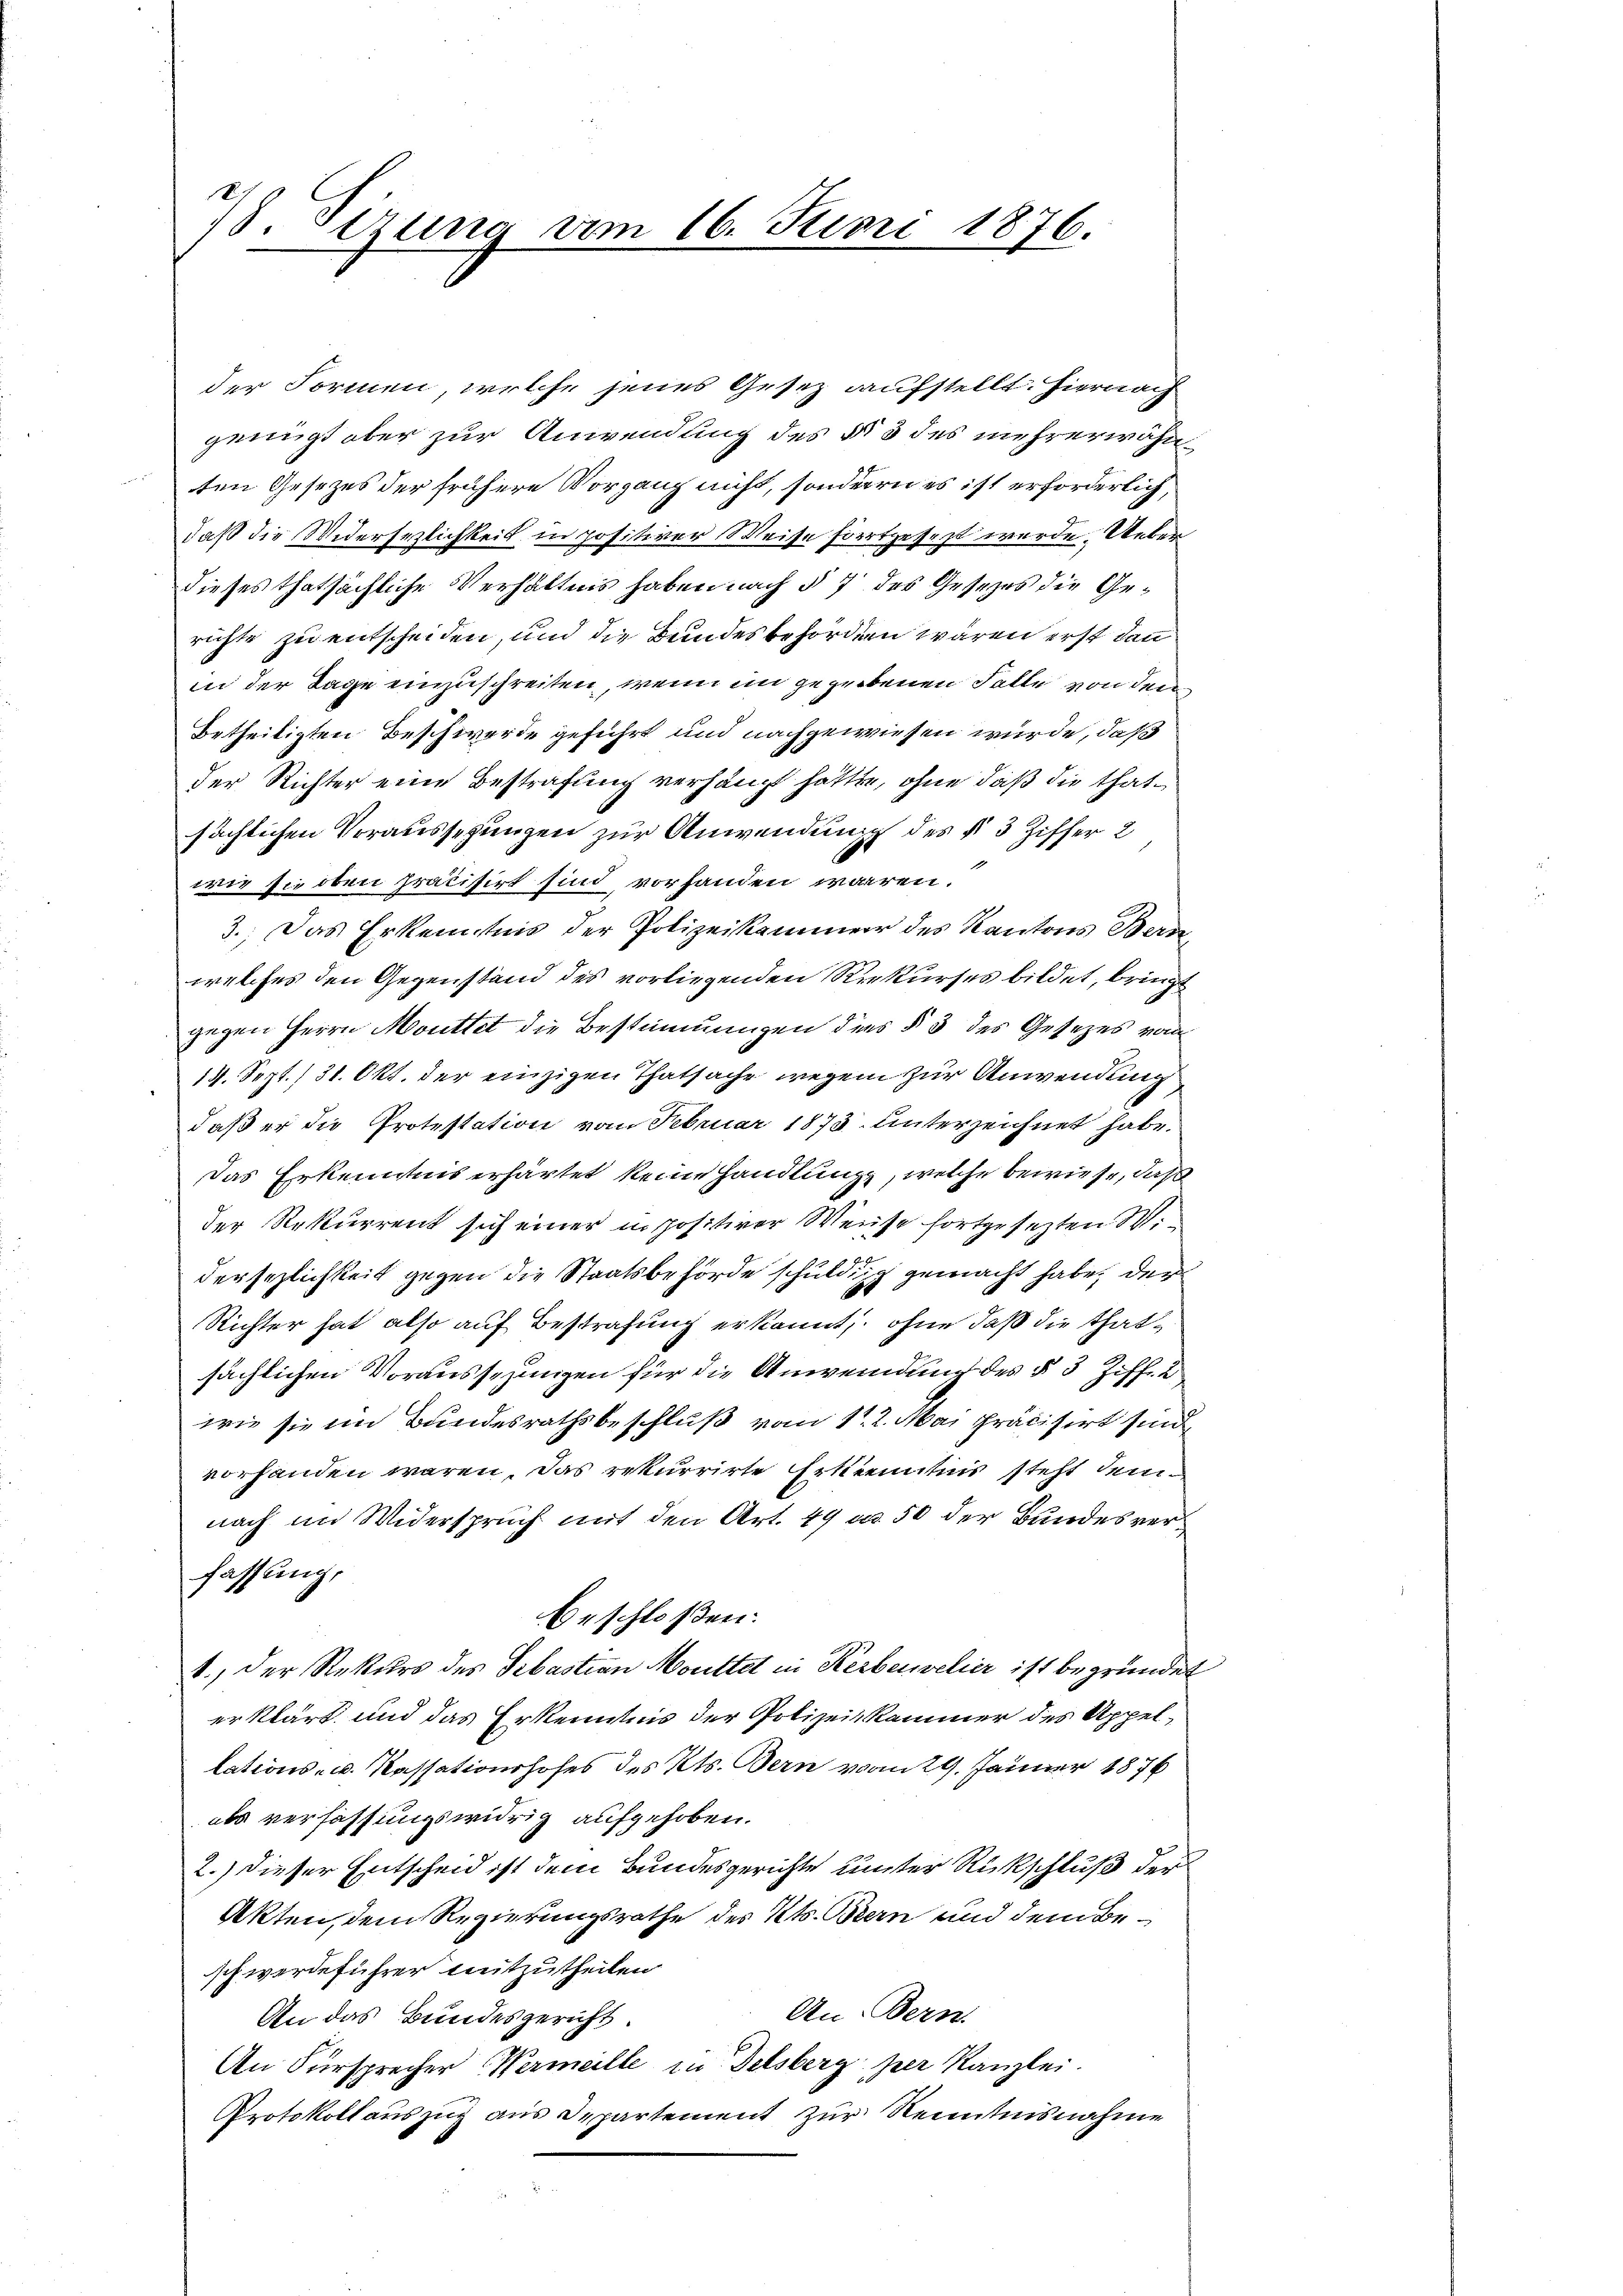
78. Sezung vom 16. Juni 1876.

der Formen, welche jenes Gesez aufstellt. Hiernach
genügt aber zur Anwendung des § 3 des mehrerwähnten Gesezes der frühere Vorgang nicht, sonderern es ist erforderlich,
daß die Widersezlichkeit in positiver Weise fortgesezt werde. Ueberdieses thatsächliche Verhältnis haben nach § 7 des Gesezes die Gerichte zu entscheiden, und die Bundesbehörden wären erst dann
in der Tage einzuschreiten, wenn im gegebenen Falle von den
Betheiligten Beschwerde geführt und nachgewiesen würde, daß
der Richter eine Bestrafung verhängt hatte, ohne daß die thate
sächlichen Voraussehungen zur Anwendung des § 3 Ziffer 2
wie sie oben präcisirt sind vorhanden wären.
3., Das Erkenntnis der Polizeikammer des Kantons Bern,
welches den Gegenstand des vorliegenden Rekurses bildet, bringt
gegen Herrn Mouttet die Bestimmungen dies § 3 des Gesetzes vom
19. Sept./ 31. Okt. der einzigen Thatsache wegen zur Anwendung
daß er die Protestation vom Februar 1873 unterzeichnet habe.
Das Erkenntnis erhärtet keine Handlung, welche bewiese, daß
der Rekurrent sich einer in positiver Weise fortgesezten Wi
dersezlichkeit gegen die Staatsbehörde schuldig gemacht habe, den
Richter hat also auf Bestrafung erkannt, ohne daß die Thatsächlichen Voraussezungen für die Anwendung des § 3 Ziff. 2
wie sie im Bundesrathsbeschluß vom 12. Mai präcisirt sind
vorhanden wären. Das rekurrirte Erkenntnis steht demnach im Widerspruch mit den Art. 49 u. 50 der Bundesverfassung,
beschloßen:
1.) Der Rekurs des Sebastian Monttet in Kerberelier ist begründet
erklärt und das Erkenntnis der Polizeiskammer des Appellations- u. Kassationshofes des Kts. Bern vom 29. Januar 1876
als verfassungswidrig aufgehoben.
2.) dieser Entscheid ist dem Bundesgerichte unter Rückschluß der
Akten, dem Regierungsrathe des Kts. Bern und dem Beschwerdeführer mitzutheilen.
An-Bern.
An das Bundesgericht.
An Fürsprecher Wermeille in Delsberg per Kanzlei.
Protokoll auszug aus Departement zur Kenntnisnahme